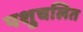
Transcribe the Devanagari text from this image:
पशुचलित